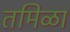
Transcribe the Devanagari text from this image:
तमिळा